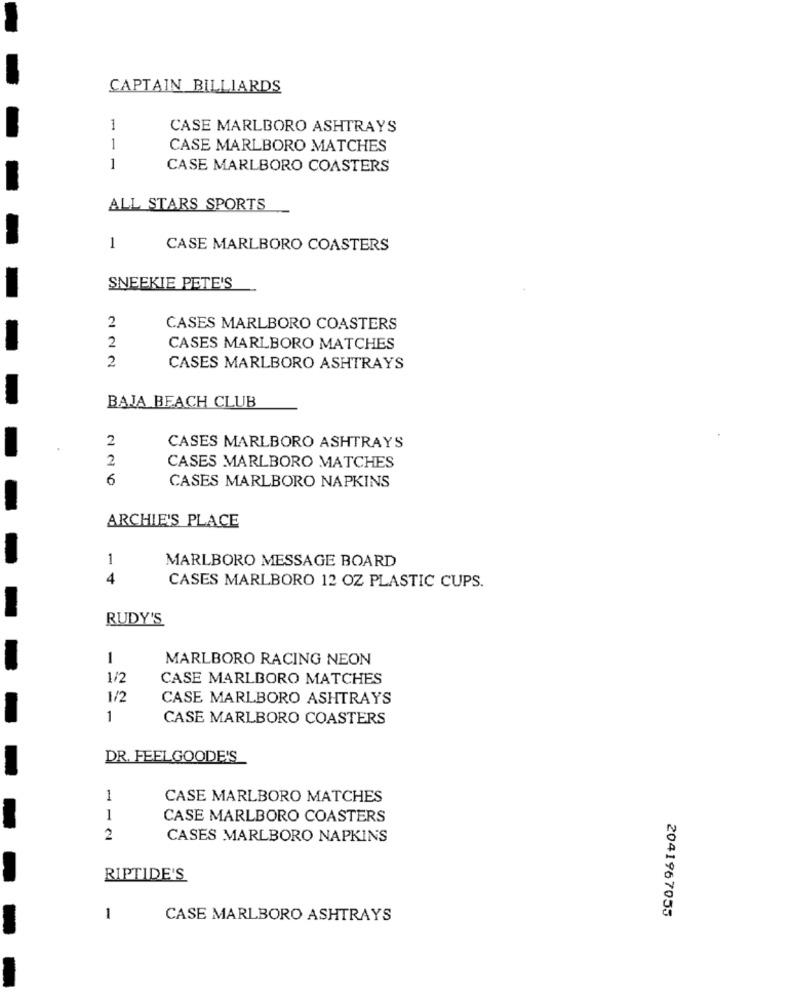
CAPTAIN BILLIARDS
1
CASE MARLBORO ASHTRAYS
1
CASE MARLBORO MATCHES
1
CASE MARLBORO COASTERS
ALL STARS SPORTS
1
CASE MARLBORO COASTERS
SNEEKIE PETE'S
2
CASES MARLBORO COASTERS
2
CASES MARLBORO MATCHES
2
CASES MARLBORO ASHTRAYS
BAJA BEACH CLUB
2
CASES MARLBORO ASHTRAYS
2
CASES MARLBORO MATCHES
6
CASES MARLBORO NAPKINS
ARCHIE'S PLACE
1
MARLBORO MESSAGE BOARD
4
CASES MARLBORO 12 OZ PLASTIC CUPS.
RUDY'S
1
MARLBORO RACING NEON
1/2
CASE MARLBORO MATCHES
1/2
CASE MARLBORO ASHTRAYS
1
CASE MARLBORO COASTERS
DR. FEELGOODE'S
1
CASE MARLBORO MATCHES
1
CASE MARLBORO COASTERS
2
CASES MARLBORO NAPKINS
RIPTIDE'S
2041967055
1
CASE MARLBORO ASHTRAYS
-
-